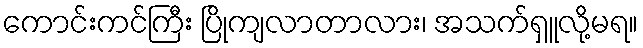
ကောင်းကင်ကြီး ပြိုကျလာတာလား၊ အသက်ရှူလို့မရ။